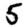
Digit: 5